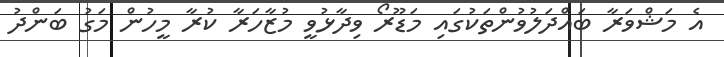
އެ މަޝްވަރާ ބައްދަލުވުންތަކުގައި މަޑޫރޯ ވިދާޅުވީ މުޒާހަރާ ކުރާ މީހުން މަގު ބަންދު